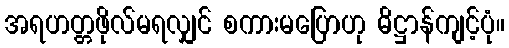
အရဟတ္တဖိုလ်မရလျှင် စကားမပြောဟု ဓိဋ္ဌာန်ကျင့်ပုံ။